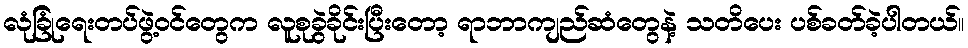
လုံခြုံရေးတပ်ဖွဲ့ဝင်တွေက လူစုခွဲခိုင်းပြီးတော့ ရာဘာကျည်ဆံတွေနဲ့ သတိပေး ပစ်ခတ်ခဲ့ပါတယ်။